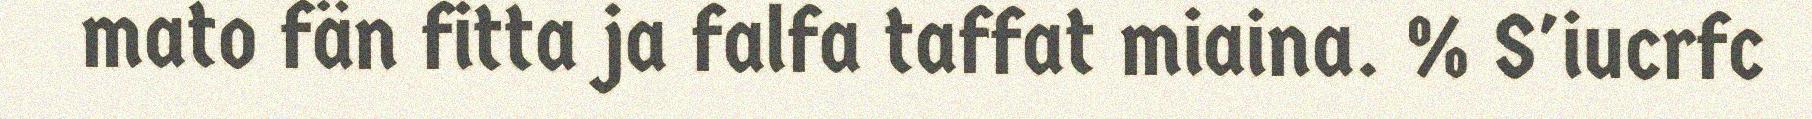
mato fän fitta ja falfa taffat miaina. % S'iucrfc